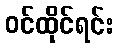
ဝင်ထိုင်ရင်း